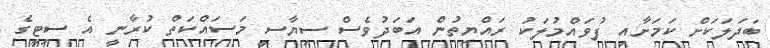
ބަދަލަކަށް ކަމަށާއި ފުވައްމުލަކު ރައްޔިތުން އަބަދުވެސް ސިޔާސީ މަސައްކަތް ކުރާނީ އެ ސިޓީގެ